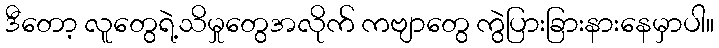
ဒီတော့ လူတွေရဲ့သိမှုတွေအလိုက် ကဗျာတွေ ကွဲပြားခြားနားနေမှာပါ။